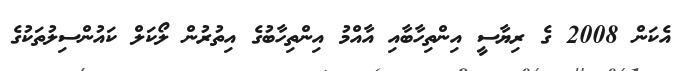
އެކަން 2008 ގެ ރިޔާސީ އިންތިހާބާއި އާއްމު އިންތިހާބުގެ އިތުރުން ލޯކަލް ކައުންސިލުތަކުގެ